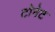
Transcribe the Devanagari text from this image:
टोनेट